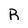
Character: R